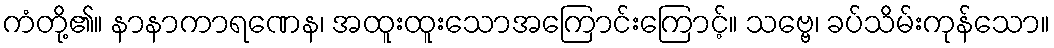
ကံတို့၏။ နာနာကာရဏေန၊ အထူးထူးသောအကြောင်းကြောင့်။ သဗ္ဗေ၊ ခပ်သိမ်းကုန်သော။